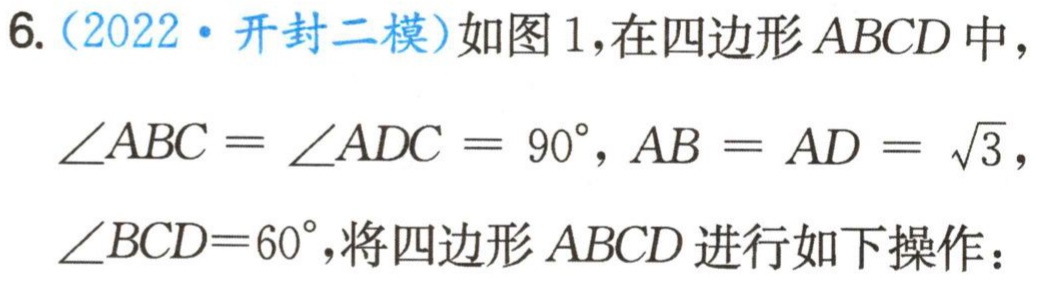
6.（2022·开封二模）如图1，在四边形\(ABCD\)中，\(\angle ABC = \angle ADC = 90^{\circ}, AB = AD = \sqrt{3}\)，\(\angle BCD = 60^{\circ}\)，将四边形\(ABCD\)进行如下操作：